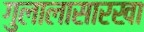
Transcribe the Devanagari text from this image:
गुलालासारखा